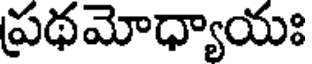
ప్రథమోధ్యాయః